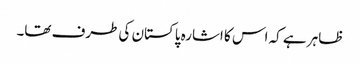
ظاہر ہے کہ اس کا اشارہ پاکستان کی طرف تھا۔